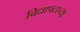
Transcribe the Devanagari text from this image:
विद्यापठाच्या